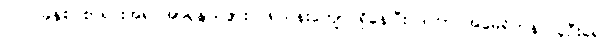
၂၀၁၁ခုနှစ် စာရင်းအရ အာရှနွယ်ဖွား ၁၈သန်းကျော် ရှိနေပြီး ဒါဟာ အမေရိကန် လူဦးရေ